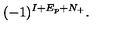
( - 1 ) ^ { I + E _ { p } + N _ { + } } .